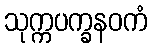
သုက္ကပက္ခနဝကံ